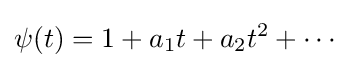
\displaystyle \psi (t)=1+a_{1}t+a_{2}t^{2}+\cdots